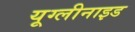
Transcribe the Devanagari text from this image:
यूग्लीनाइड